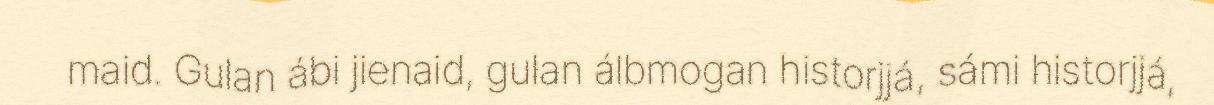
maid. Gulan ábi jienaid, gulan álbmogan historjjá, sámi historjjá,